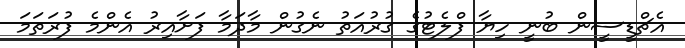
އެޗްޑީސީން ބުނީ ހިޔާ ފްލެޓުގެ ގުރުއަތު ނެގުން މާދަމާ ފަށާއިރު އެންމެ ފުރަތަމަ